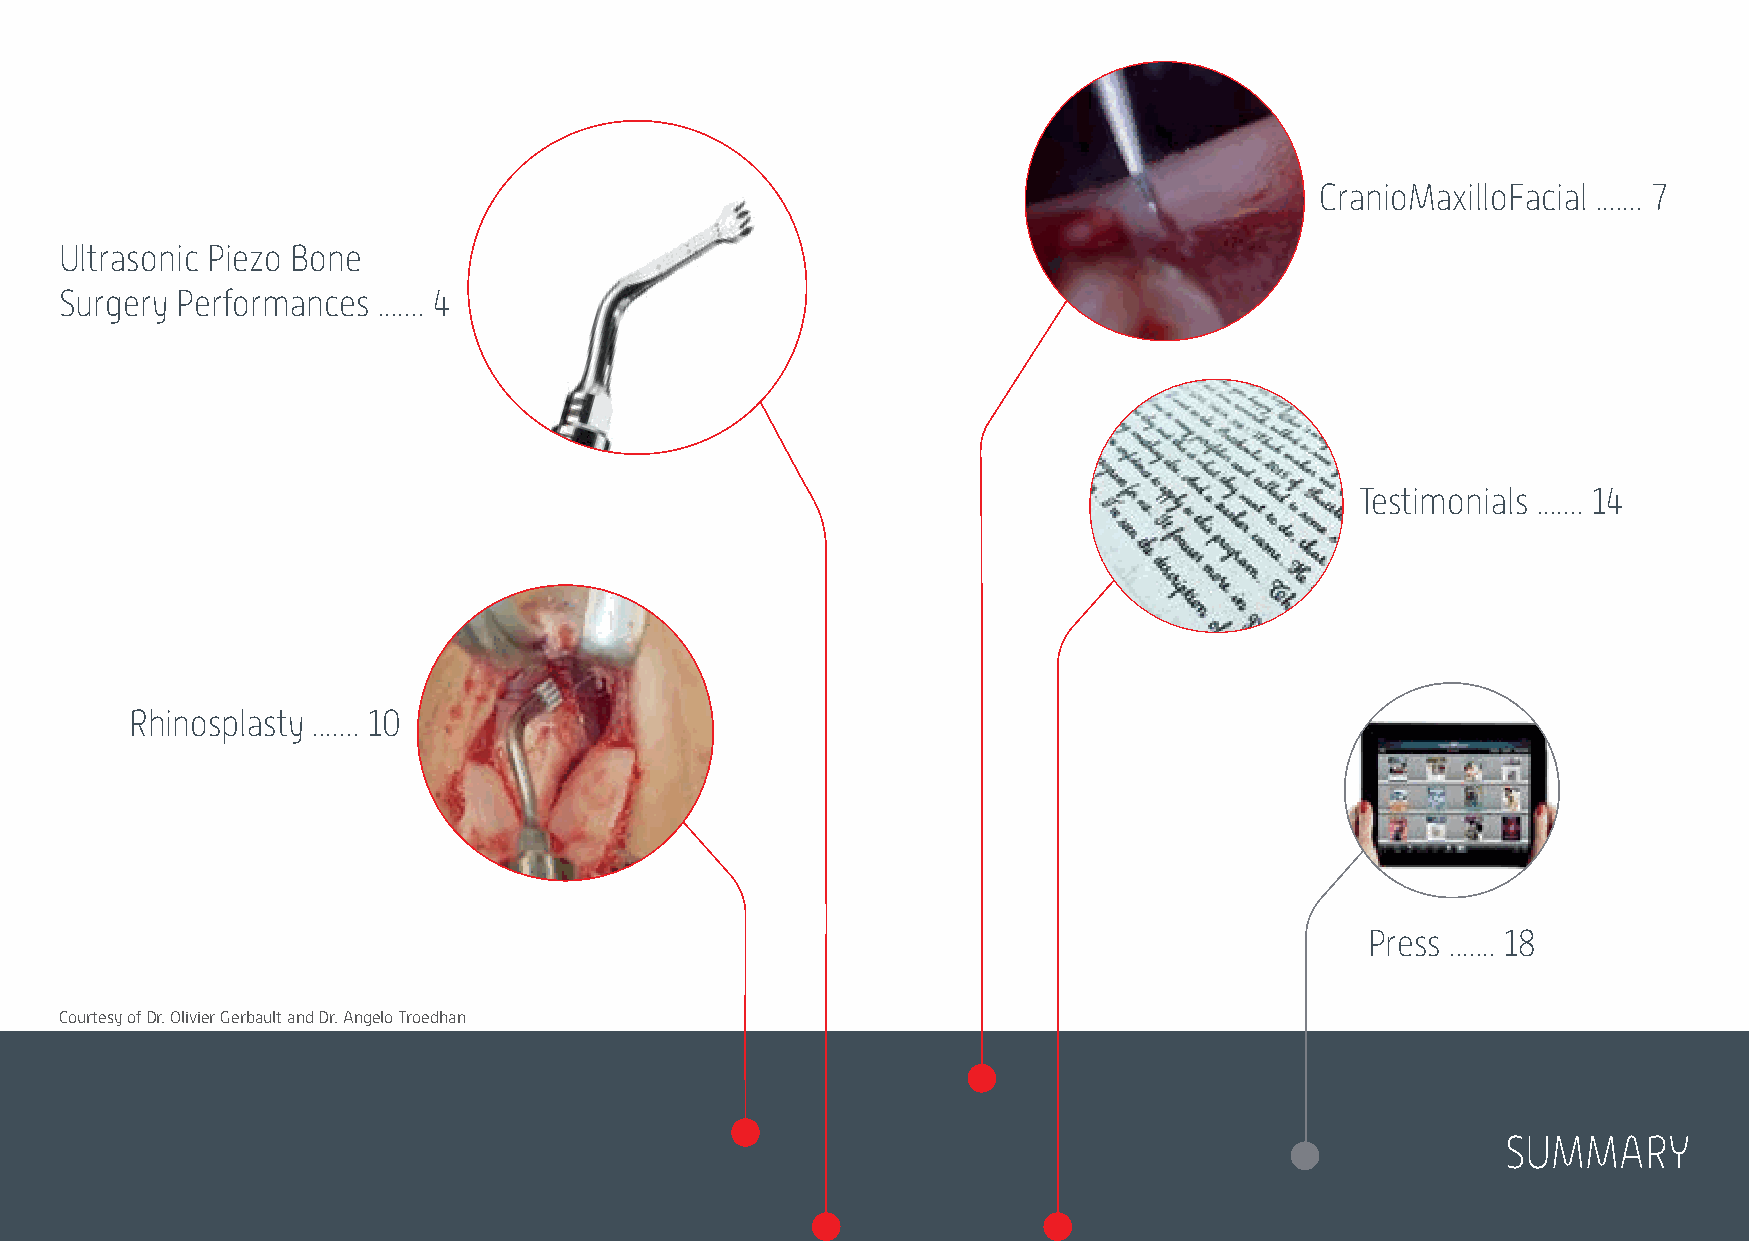
CranioMaxilloFacial ....... 7
 Ultrasonic Piezo Bone
 Surgery Performances ....... 4
 Testimonials ....... 14
 Rhinosplasty ....... 10
 Press ....... 18
 Courtesy of Dr. Olivier Gerbault and Dr. Angelo Troedhan
 SUMMARY